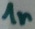
Text: 1n